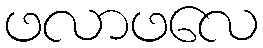
ဖလာဖလေ